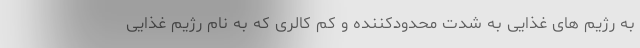
به رژیم های غذایی به شدت محدودکننده و کم کالری که به نام رژیم غذایی